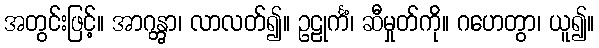
အတွင်းဖြင့်။ အာဂန္တွာ၊ လာလတ်၍။ ဥဠုင်္ကံ၊ ဆီမှုတ်ကို။ ဂဟေတွာ၊ ယူ၍။